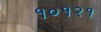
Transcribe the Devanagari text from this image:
१०१२१